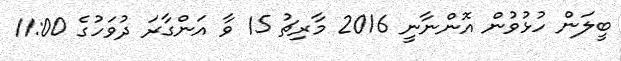
ބީލަން ހުޅުވުން އޮންނާނީ 2016 މާރިޗު 15 ވާ އަންގާރަ ދުވަހުގެ 11:00